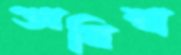
অবিশ্বা